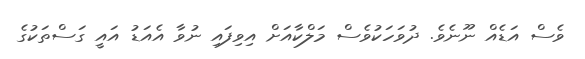
ވެސް އަޑެއް ނޫނެވެ. ދުވަހަކުވެސް މަލްކާއަށް އިވިފައި ނުވާ އެއަޑު އައީ ގަސްތަކުގެ